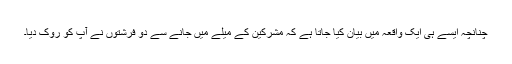
چنانچہ ایسے ہی ایک واقعہ میں بیان کیا جاتا ہے کہ مشرکین کے میلے میں جانے سے دو فرشتوں نے آپ کو روک دیا۔